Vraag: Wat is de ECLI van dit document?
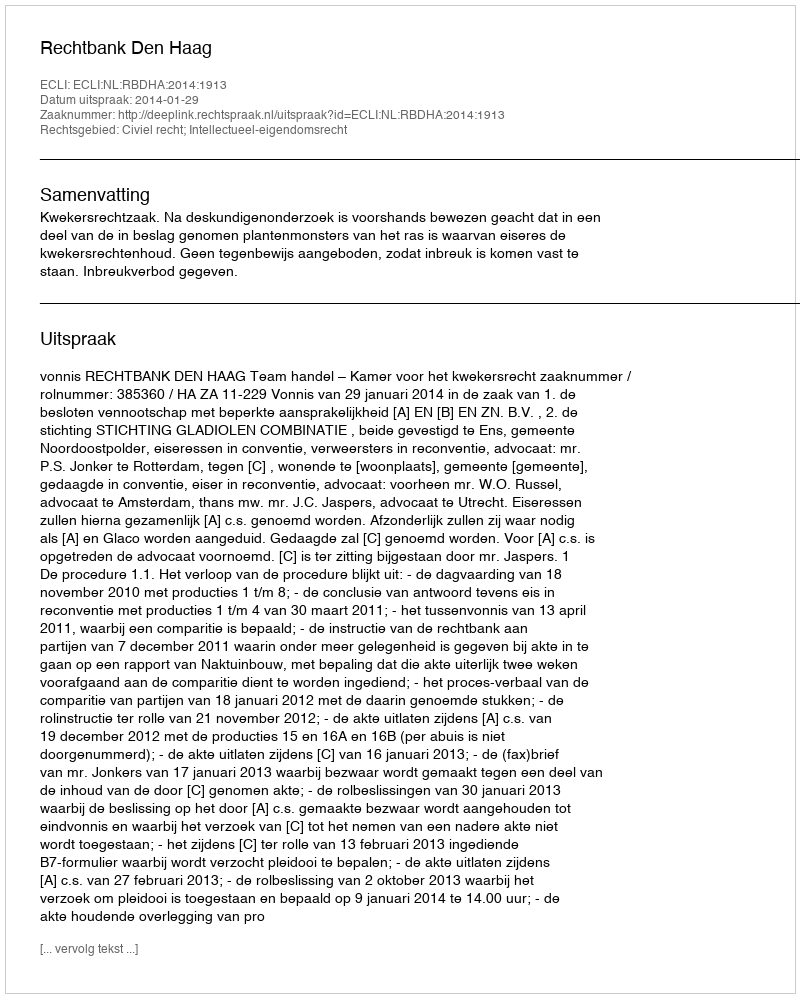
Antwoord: ECLI:NL:RBDHA:2014:1913